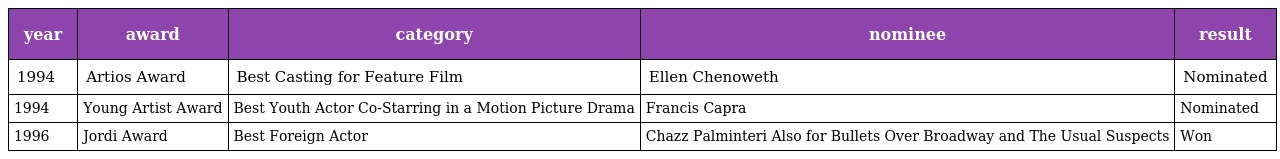
| year | award | category | nominee | result |
 | --- | --- | --- | --- | --- |
 | 1994 | Artios Award | Best Casting for Feature Film | Ellen Chenoweth | Nominated |
 | 1994 | Young Artist Award | Best Youth Actor Co-Starring in a Motion Picture Drama | Francis Capra | Nominated |
 | 1996 | Jordi Award | Best Foreign Actor | Chazz Palminteri Also for Bullets Over Broadway and The Usual Suspects | Won |